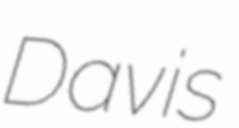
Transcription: Davis